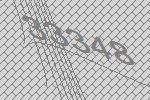
33348